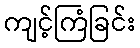
ကျင့်ကြံခြင်း